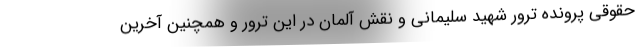
حقوقی پرونده ترور شهید سلیمانی و نقش آلمان در این ترور و همچنین آخرین